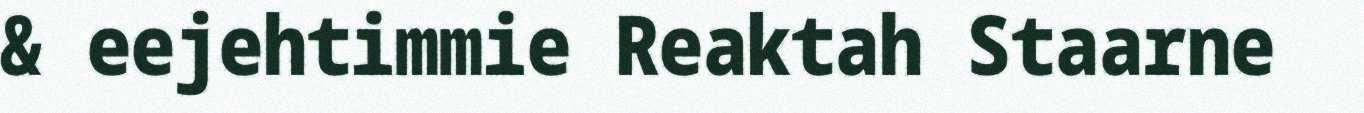
& eejehtimmie Reaktah Staarne